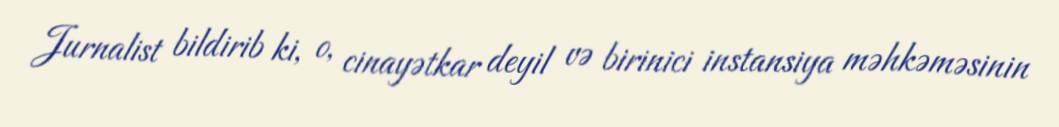
Jurnalist bildirib ki, o, cinayətkar deyil və birinici instansiya məhkəməsinin